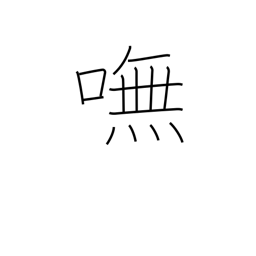
Meaning: indeed